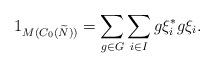
LaTeX: \begin{align*}1_{M(C_0(\widetilde{N}))} = \sum_{g\in G}^{} \sum_{i\in I}^{}g\xi^*_i g\xi_i.\end{align*}